Problem: 13 + 26 = ?
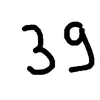
Handwritten answer: 39